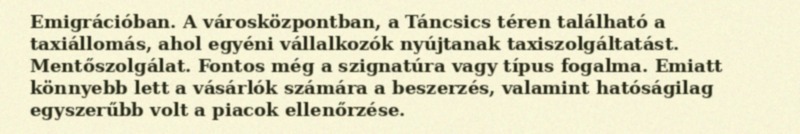
Emigrációban. A városközpontban, a Táncsics téren található a taxiállomás, ahol egyéni vállalkozók nyújtanak taxiszolgáltatást. Mentőszolgálat. Fontos még a szignatúra vagy típus fogalma. Emiatt könnyebb lett a vásárlók számára a beszerzés, valamint hatóságilag egyszerűbb volt a piacok ellenőrzése.